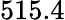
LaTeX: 515.4